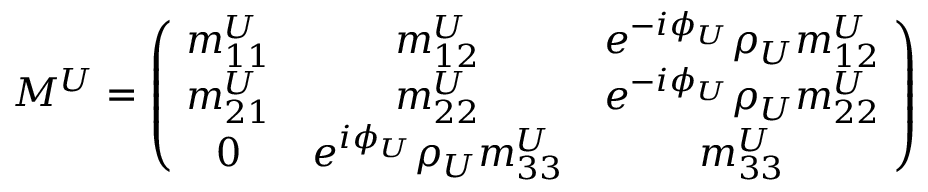
M ^ { U } = \left( \! { \begin{array} { c c c } { { { m _ { 1 1 } ^ { U } } } } & { { { m _ { 1 2 } ^ { U } } } } & { { e ^ { { - i { \phi _ { U } } } } { \rho _ { U } } { m _ { 1 2 } ^ { U } } } } \\ { { { m _ { 2 1 } ^ { U } } } } & { { { m _ { 2 2 } ^ { U } } } } & { { e ^ { { - i { \phi _ { U } } } } { \rho _ { U } } { m _ { 2 2 } ^ { U } } } } \\ { { 0 } } & { { e ^ { { i { \phi _ { U } } } } { \rho _ { U } } { m _ { 3 3 } ^ { U } } } } & { { { m _ { 3 3 } ^ { U } } } } \end{array} } \! \right)